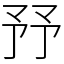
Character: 㐨